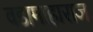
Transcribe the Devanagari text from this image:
वडामाहाराज